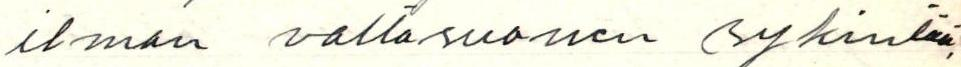
ilman valtasuonen sykintää,